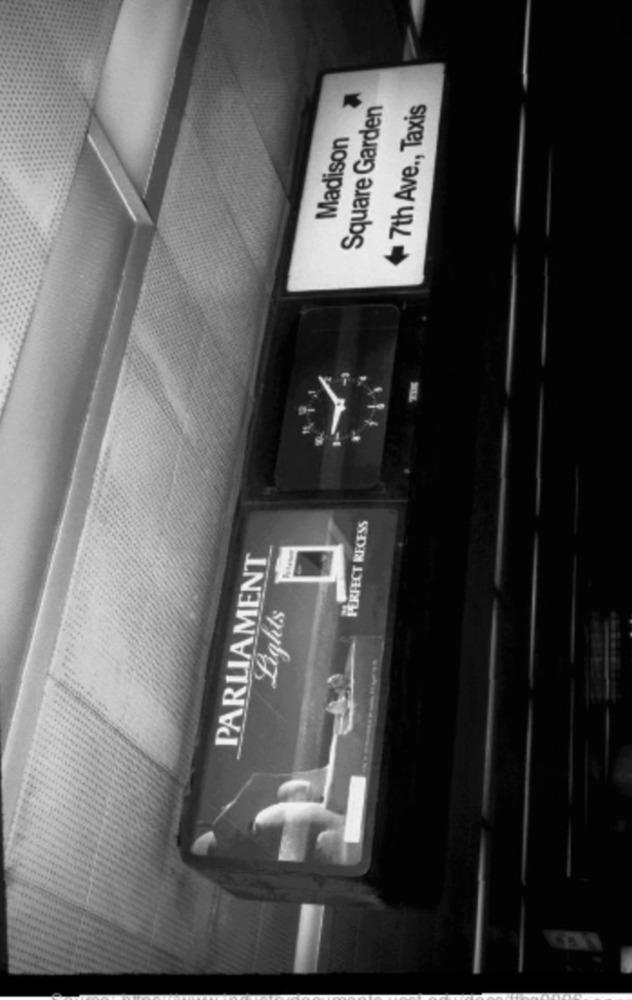
Square Garden
+7th Ave ., Taxis
Madison
PERFECT RECESS
PARLIAMENT
Lighets